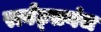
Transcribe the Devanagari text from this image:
रार्बट्सगंज